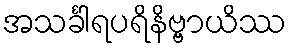
အသင်္ခါရပရိနိဗ္ဗာယိဿ